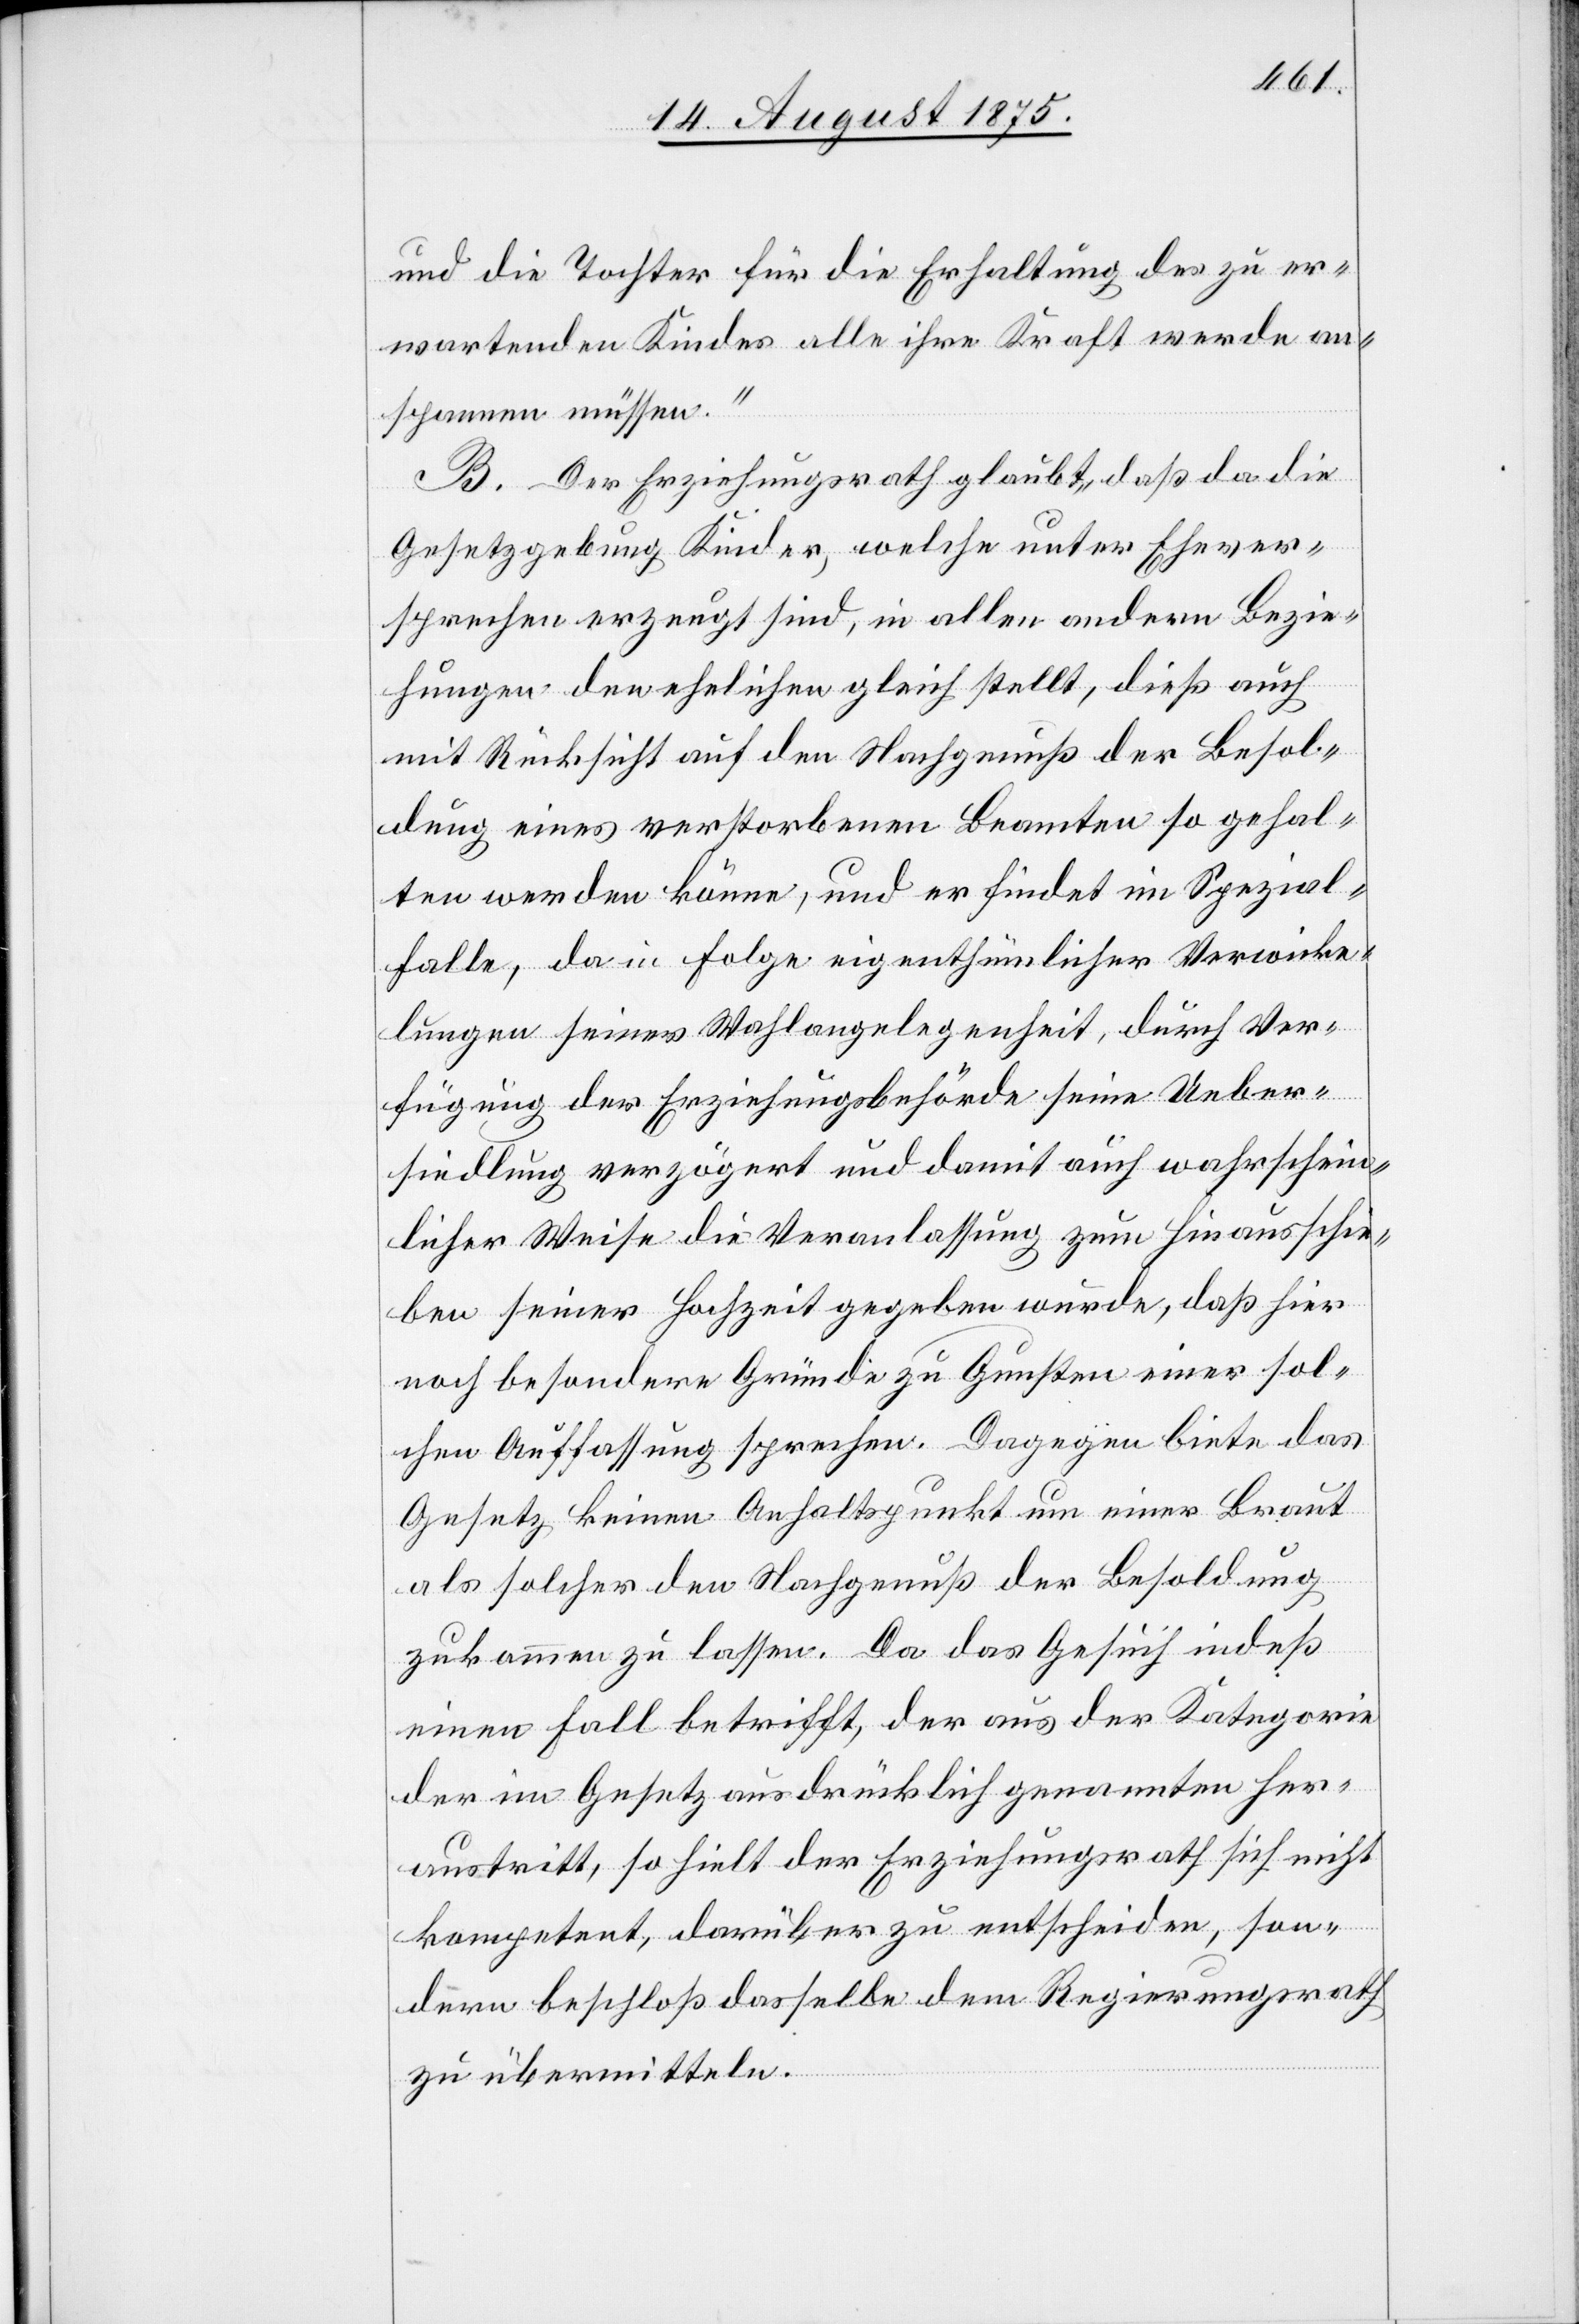
und die Tochter für die Erhaltung des zu er¬
wartenden Kindes alle ihre Kraft werde an¬
spannen müssen.“
B. Der Erziehungsrath glaubt, daß da die
Gesetzgebung Kinder, welche unter Ehever¬
sprechen erzeugt sind, in allen andern Bezie¬
hungen den ehelichen gleich stellt, dieß auch
mit Rücksicht auf den Nachgenuß der Besol¬
dung eines verstorbenen Beamten so gehal¬
ten werden könne, und er findet im Spezial¬
falle, da in Folge eigenthümlicher Verwicke¬
lungen seiner Wahlangelegenheit, durch Ver¬
fügung der Erziehungsbehörde seine Ueber¬
siedlung verzögert und damit auch wahrschein¬
licher Weise die Veranlassung zum Hinausschie¬
bern seiner Hochzeit gegeben wurde, daß hier
noch besondere Gründe zu Gunsten einer sol¬
chen Auffassung sprechen. Dagegen biete das
Gesetz keinen Anhaltspunkt um einer Braut
als solcher den Nachgenuß der Besoldung
zukommen zu lassen. Da das Gesuch indeß
einen Fall betrifft, der aus der Kategorie
der im Gesetz ausdrücklich genannten her¬
austritt, so hielt der Erziehungsrath sich nicht
kompetent, darüber zu entscheiden, son¬
dern beschloß dasselbe dem Regierungsrath
zu übermitteln.